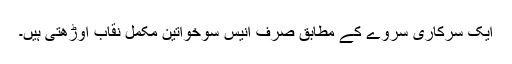
ایک سرکاری سروے کے مطابق صرف انیس سوخواتین مکمل نقاب اوڑھتی ہیں۔